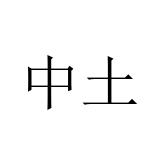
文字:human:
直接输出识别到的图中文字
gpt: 中土